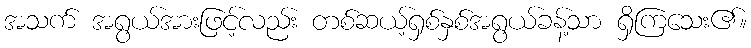
အသက် အရွယ်အားဖြင့်လည်း တစ်ဆယ့်ရှစ်နှစ်အရွယ်ခန့်သာ ရှိကြသေး၏။